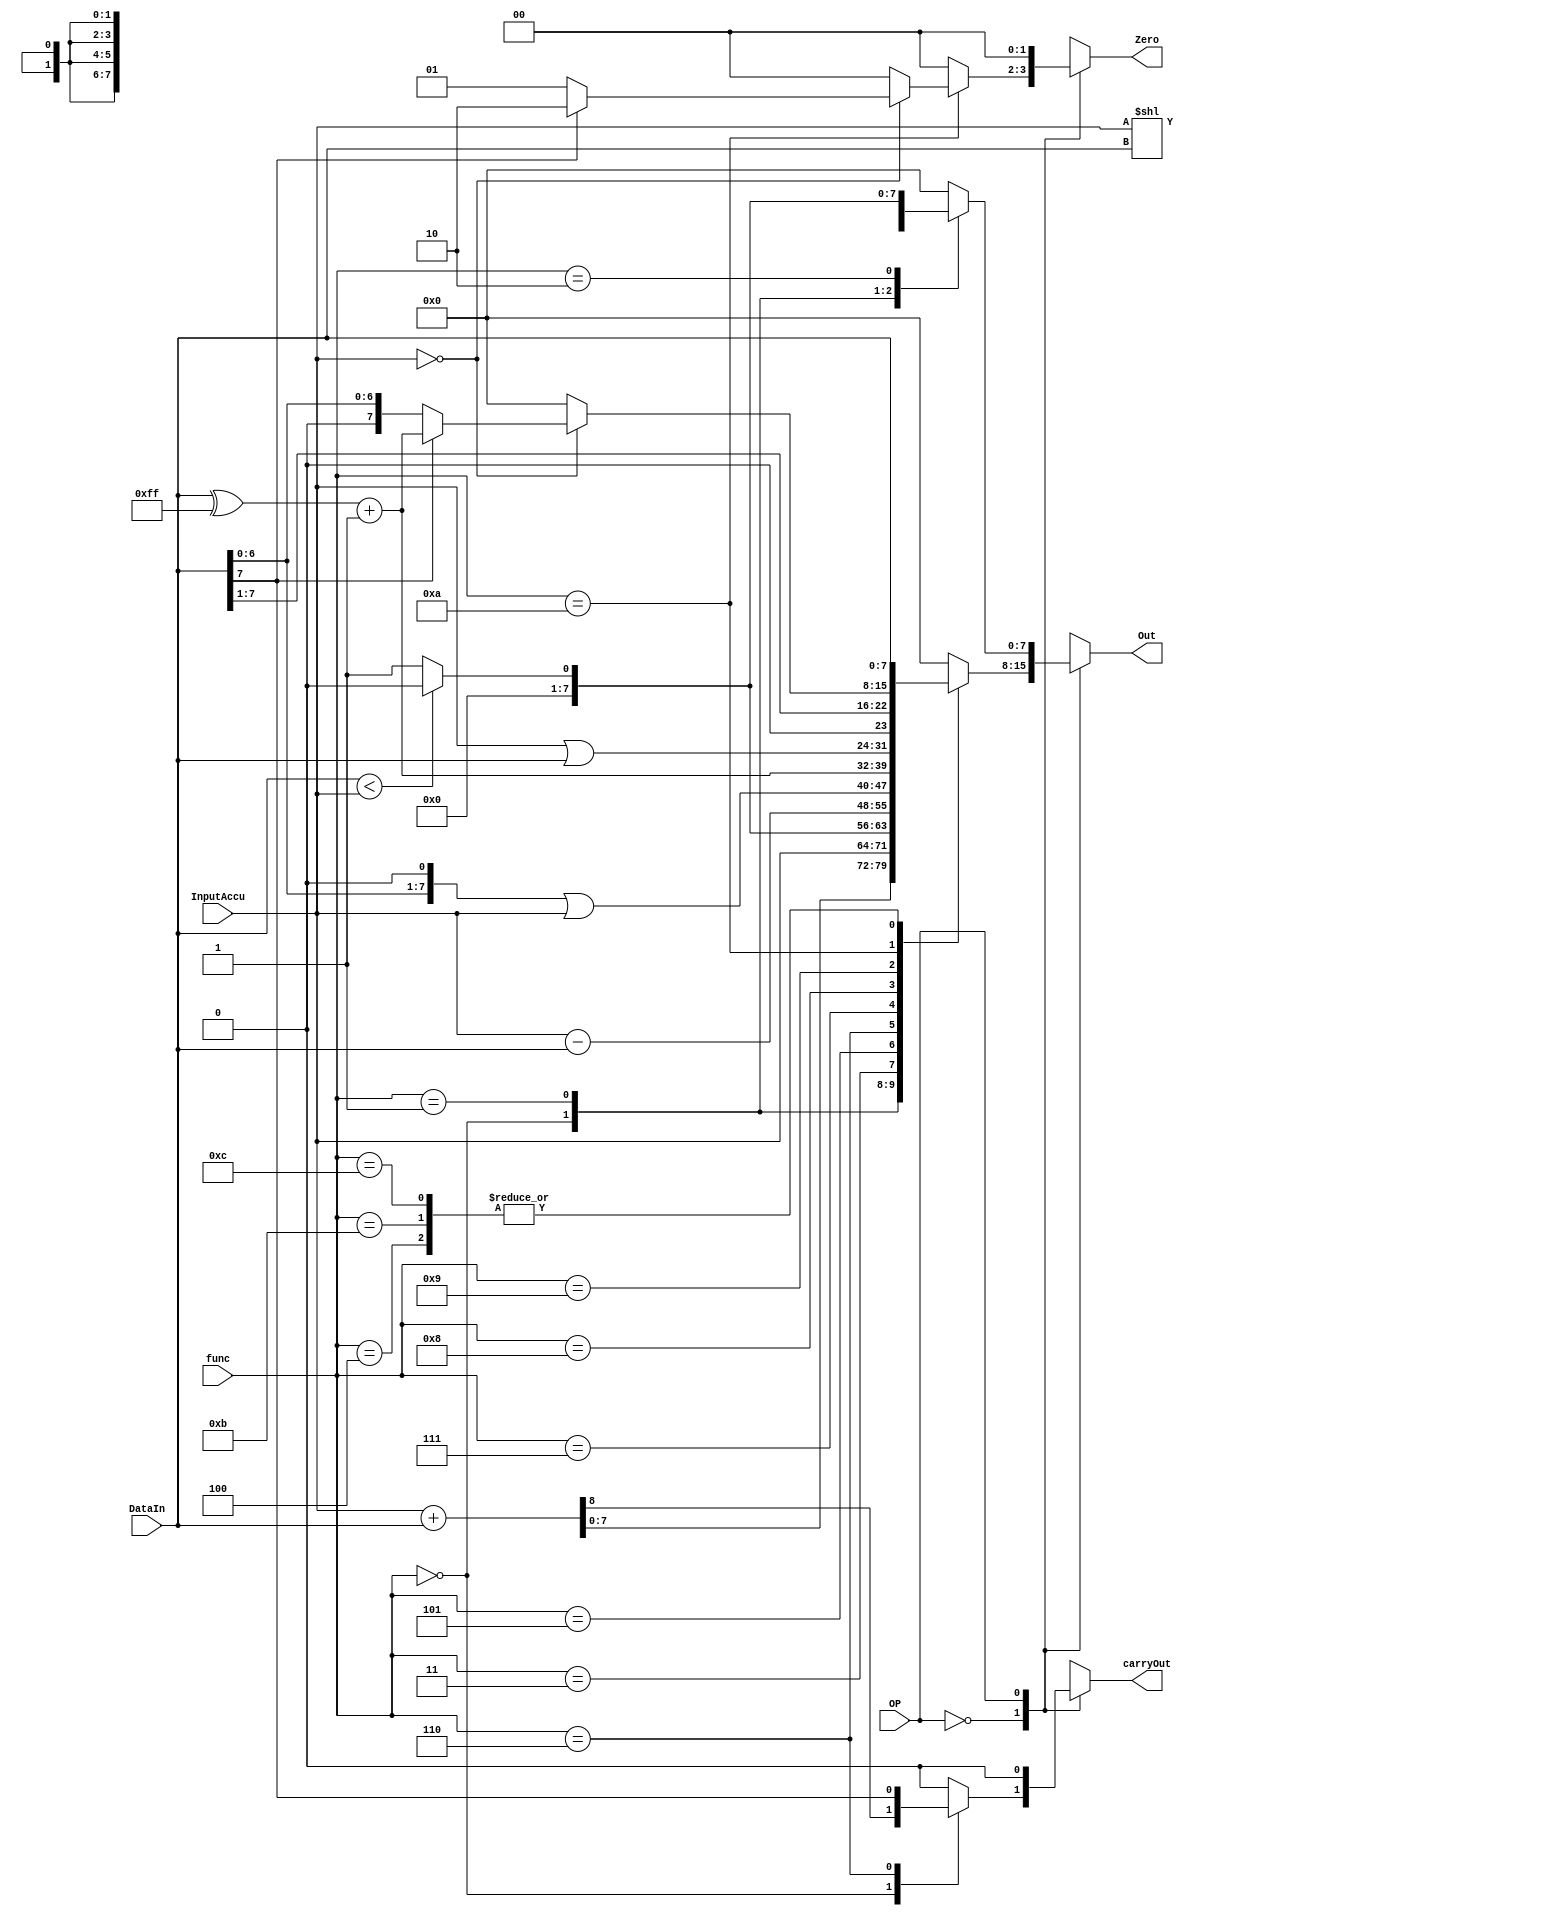
// Module Name:    ALU 
// Project Name:   CSE141L
//
// Revision Fall 2020
// Based on SystemVerilog source code provided by John Eldon
// Comment:
// 


	 
module ALU(InputAccu,DataIn,OP,func,Out,Zero,carryOut);

	input [ 7:0] InputAccu;
	input [7:0] DataIn;
	input OP;
	input [3:0] func;
	output reg [7:0] Out; // logic in SystemVerilog
	output reg [1:0]Zero;
	output reg carryOut;
	
	

	always@* // always_comb in systemverilog
	begin 
		Out = 0;
		carryOut = 0;
		Zero = 0;
		case (OP)
			1'b0: begin
				case(func)
					4'b0000: 
					   {carryOut, Out} = {1'b0,InputAccu}+{1'b0,DataIn};
					
					4'b0001: //mov
						Out = InputAccu;
					
					4'b0010:// halt
						Out = 0;
					
					4'b0011://slt
						Out = DataIn < InputAccu ? 0 : 1;
					
					
					4'b0100://set
						Out = DataIn;
						
					
					4'b0101://sub
						Out = InputAccu - DataIn;
					
					4'b0110://sll
					begin
					   carryOut = DataIn[7];
						Out = (DataIn << 1) | InputAccu;
					end
					
					4'b0111://twosComp
						Out = (DataIn ^ 8'b11111111) + 1;
					
					4'b1000://or
						Out = InputAccu | DataIn;
					
					4'b1001://slr
						Out = DataIn >> 1;
					
					4'b1010://Bezr
						begin
							if(InputAccu ==0)
								
								begin
								if(DataIn[7] == 1)
									begin
										Out = (DataIn ^ 8'b11111111) + 1;
										Zero = 2'b10;
									
									end
								else
								begin
									Out = DataIn;
									Zero = 2'b01;
								end
								
								end
							else
								Zero = 2'b00;
								
							
						end 
							
					
					4'b1011://sw
						Out = DataIn;
					
					4'b1100://lw
						Out = DataIn;
						
					
					//4'b1101:
					
					//4'b1110:
					
					//4'b1111:
					
					default: Out =0;
				endcase
					
					
		
				end
				
			1'b1:begin
				case(func)
					
					2'b00: //seti
						Out = DataIn;
					
					2'b01://sliz
						Out = InputAccu << DataIn;
					
					2'b10: //slti
						Out = DataIn < InputAccu ? 0 : 1;
					
					
					default: Out = 0;
				endcase
		
		
			end
		/*3'b000: Out = InputA + InputB; // ADD
		3'b001: Out = InputA & InputB; // AND
		3'b010: Out = InputA | InputB; // OR
		3'b011: Out = InputA ^ InputB; // XOR
		3'b100: Out = InputA << 1;				// Shift left
		3'b101: Out = {1'b0,InputA[7:1]};   // Shift right*/
		default: Out = 0;
	  endcase
	
	end 

	
	

endmodule